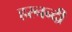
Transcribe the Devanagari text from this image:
हरनन्दी